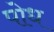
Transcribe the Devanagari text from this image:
पोध